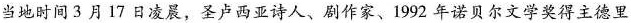
当地时间 3 月 17 日凌晨，圣卢西亚诗人、剧作家、1992年诺贝尔文学奖得主德里